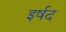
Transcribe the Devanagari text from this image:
इर्षद